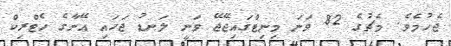
ޖެހުމެވެ. މެޗުގެ 82 ވަނަ މިނިޓްގައިޖޭޖޭ ވަނީ ލަނޑު ޖަހައި އޭނާގެ ހެޓްރިކް